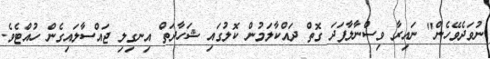
ނުވަދެވޭހެން" ނައިރާ ވިސްނާލާފަދަ ގޮތް ދައްކާލަމުން ކޮލުގައި ޝަހާދަތް އިނގިލި ޖައްސާލައިގެން ހުއްޓެވެ.